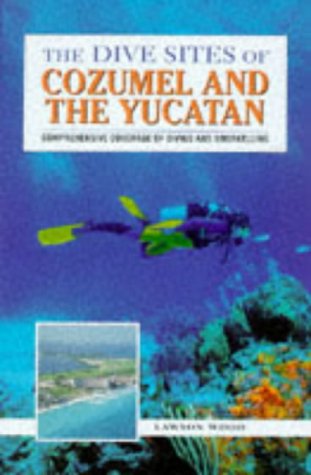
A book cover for The Dive Sites of Cozumel and the Yucatan (Dive Site); Lawson Wood -; Travel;